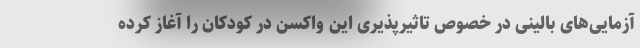
آزمایی‌های بالینی در خصوص تاثیرپذیری این واکسن در کودکان را آغاز کرده